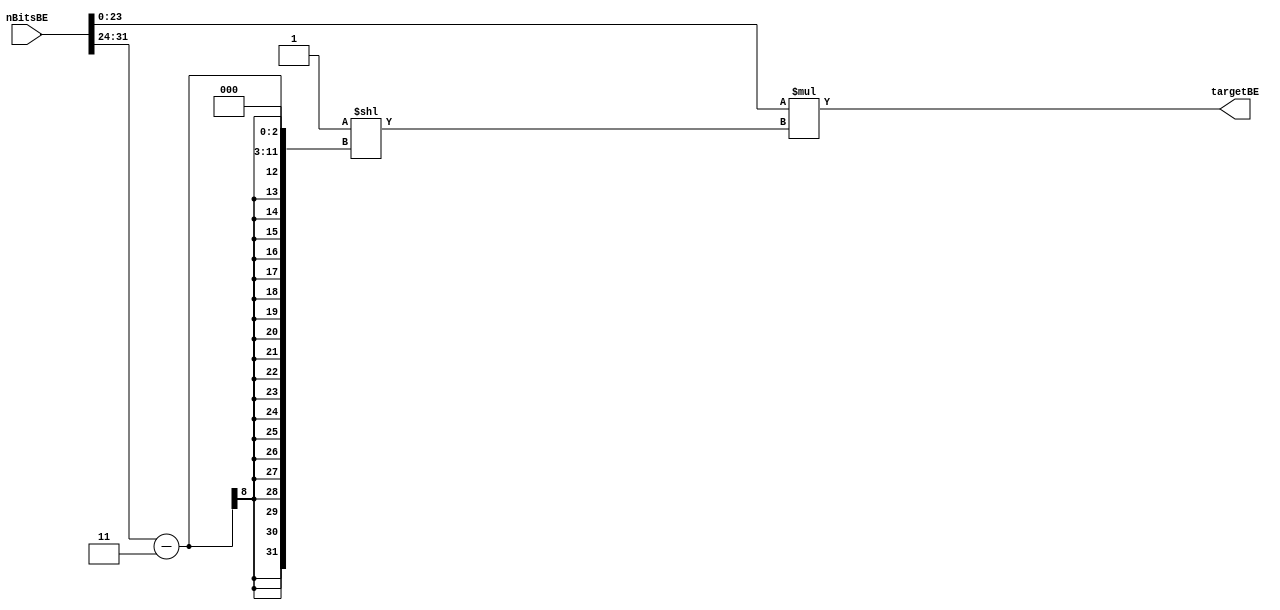
`timescale 1ns / 1ps
//////////////////////////////////////////////////////////////////////////////////
// Company: Technische Universitt Berlin
// 
//           Denis Dominik Zebrowski
//           Manjunatha Narayanappa
//           Sachin S Dominic
//           Zhenbang Liu
// 
// Module Name: calculateTarget
//
// Project Name: FPGA Bitcoin Miner (Advanced Embedded System Project Course)
//
// Semester : Summer Semester 2020
//
// Target Devices: Basys 3
//
// Dependencies: Offline data of bitcoin blocks stored in block_header.csv
// 
// Simulation is running at around 100MHz Clock Frequency (clk) (Corresponds to 400MHz 
// of Basys 3 board). All performance results are calculated with respect to 
// timescale of 10ns.
// optLevel defines the number of parallel Hash Instance with specific nonce range.
//
//////////////////////////////////////////////////////////////////////////////////

module calculateTarget(
    input [31:0] nBitsBE,
    output [255:0] targetBE
    );
    
    assign targetBE = nBitsBE[23:0] * 2**((nBitsBE[31:24] -3)<<3);
endmodule